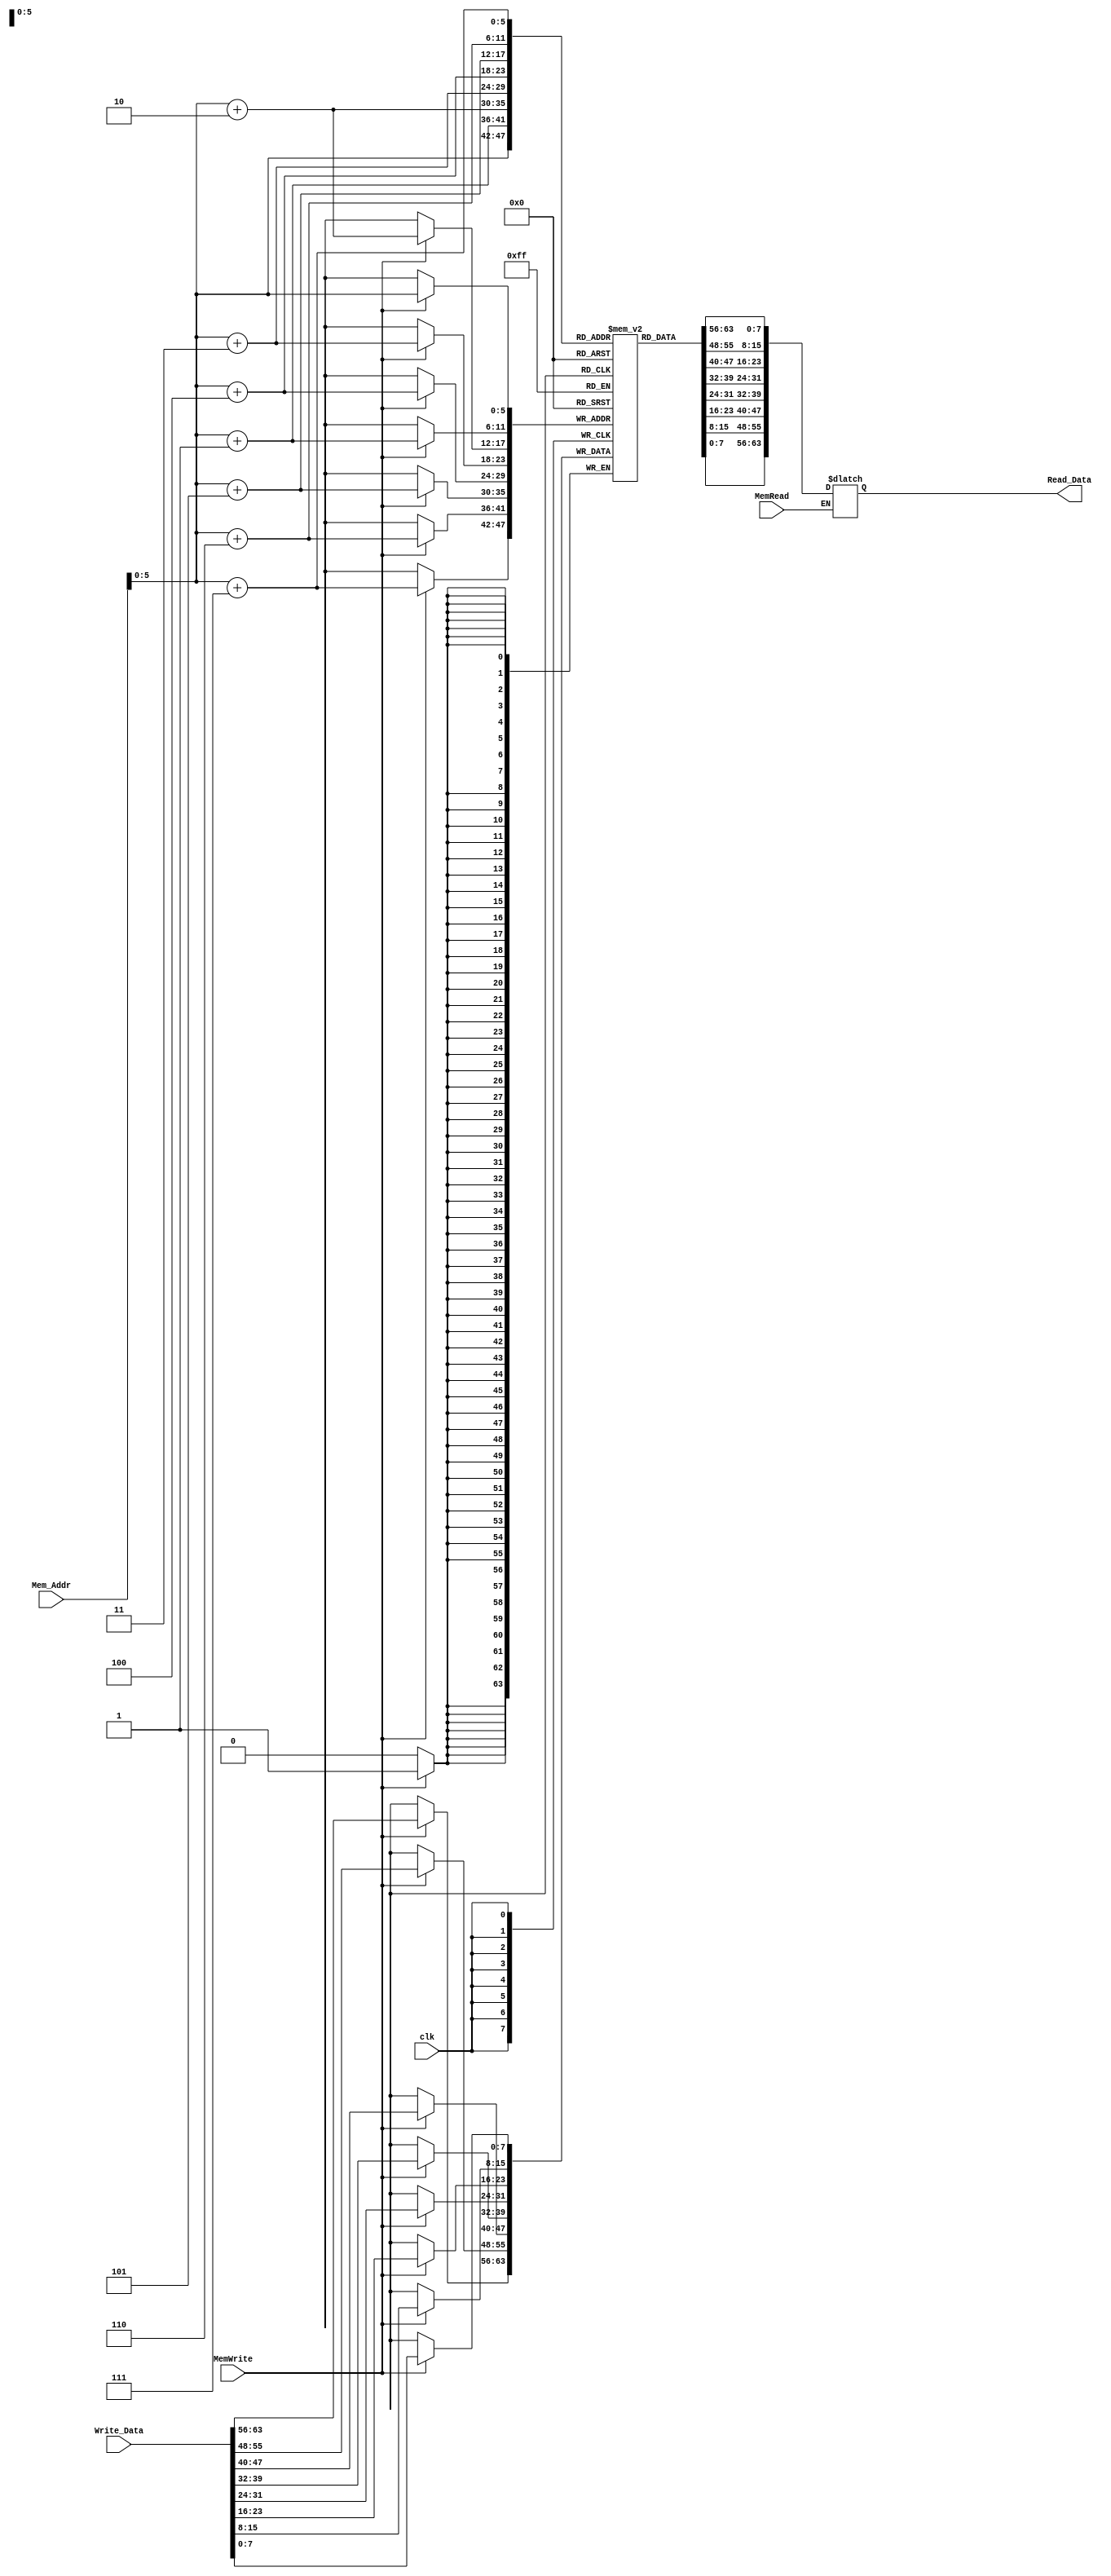
`timescale 1ns / 1ps
//////////////////////////////////////////////////////////////////////////////////
// Company: 
// Engineer: 
// 
// Design Name: 
// Module Name: Data_memory
// Project Name: 
// Target Devices: 
// Tool Versions: 
// Description: 
// 
// Dependencies: 
// 
// Revision:
// Revision 0.01 - File Created
// Additional Comments:
// 
//////////////////////////////////////////////////////////////////////////////////


module Data_Memory
(
	input [63:0] Mem_Addr,
	input [63:0] Write_Data,
	input clk, MemWrite, MemRead,
	output reg [63:0] Read_Data
);

	reg [7:0] DataMemory [63:0];

	initial
	begin
DataMemory[0] = 8'd3;
		DataMemory[1] = 8'd2;
		DataMemory[2] = 8'd0;
		DataMemory[3] = 8'd0;
		DataMemory[4] = 8'd0;
		DataMemory[5] = 8'd0;
		DataMemory[6] = 8'd0;
		DataMemory[7] = 8'd0;
		DataMemory[8] = 8'd5;
		DataMemory[9] = 8'd0;
		DataMemory[10] = 8'd0;
		DataMemory[11] = 8'd0;
		DataMemory[12] = 8'd0;
		DataMemory[13] = 8'd0;
		DataMemory[14] = 8'd0;
		DataMemory[15] = 8'd0;
		DataMemory[16] = 8'd4;
		DataMemory[17] = 8'd0;
		DataMemory[18] = 8'd0;
		DataMemory[19] = 8'd0;
		DataMemory[20] = 8'd0;
		DataMemory[21] = 8'd0;
		DataMemory[22] = 8'd0;
		DataMemory[23] = 8'd0;
		DataMemory[24] = 8'd7;
		DataMemory[25] = 8'd0;
		DataMemory[26] = 8'd0;
		DataMemory[27] = 8'd0;
		DataMemory[28] = 8'd0;
		DataMemory[29] = 8'd0;
		DataMemory[30] = 8'd0;
		DataMemory[31] = 8'd0;
		DataMemory[32] = 8'd6;
		DataMemory[33] = 8'd0;
		DataMemory[34] = 8'd0;
		DataMemory[35] = 8'd0;
		DataMemory[36] = 8'd0;
		DataMemory[37] = 8'd0;
		DataMemory[38] = 8'd0;
		DataMemory[39] = 8'd0;
		DataMemory[40] = 8'd8;
		DataMemory[41] = 8'd0;
		DataMemory[42] = 8'd0;
		DataMemory[43] = 8'd0;
		DataMemory[44] = 8'd0 ;
		DataMemory[45] = 8'd0;
		DataMemory[46] = 8'd0;
		DataMemory[47] = 8'd0;
		DataMemory[48] = 8'd0;
		DataMemory[49] = 8'd0;
		DataMemory[50] = 8'd0;
		DataMemory[51] = 8'd0;
		DataMemory[52] = 8'd0;
		DataMemory[53] = 8'd0;
		DataMemory[54] = 8'd0;
		DataMemory[55] = 8'd0;
		DataMemory[56] = 8'd0;
		DataMemory[57] = 8'd0;
		DataMemory[58] = 8'd0;
		DataMemory[59] = 8'd0;
		DataMemory[60] = 8'd0;
		DataMemory[61] = 8'd0;
		DataMemory[62] = 8'd0;
		DataMemory[63] = 8'd0;
	end
	
	always @ (*)
	begin
		if (MemRead)
			Read_Data = {DataMemory[Mem_Addr+7],DataMemory[Mem_Addr+6],DataMemory[Mem_Addr+5],DataMemory[Mem_Addr+4],DataMemory[Mem_Addr+3],DataMemory[Mem_Addr+2],DataMemory[Mem_Addr+1],DataMemory[Mem_Addr]};
	end
	
	always @ (posedge clk)
	begin
		if (MemWrite)
		begin
			DataMemory[Mem_Addr] = Write_Data[7:0];
			DataMemory[Mem_Addr+1] = Write_Data[15:8];
			DataMemory[Mem_Addr+2] = Write_Data[23:16];
			DataMemory[Mem_Addr+3] = Write_Data[31:24];
			DataMemory[Mem_Addr+4] = Write_Data[39:32];
			DataMemory[Mem_Addr+5] = Write_Data[47:40];
			DataMemory[Mem_Addr+6] = Write_Data[55:48];
			DataMemory[Mem_Addr+7] = Write_Data[63:56];
		end
	end
	
endmodule